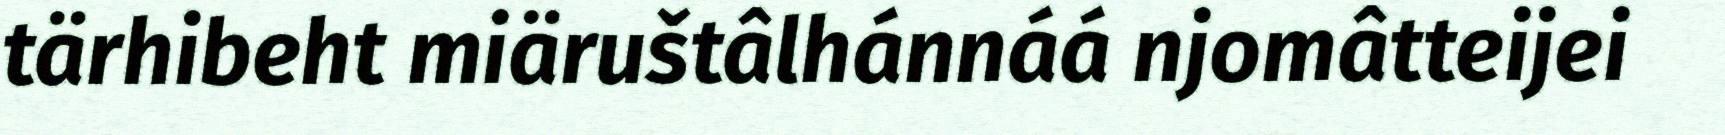
tärhibeht miäruštâlhánnáá njomâtteijei